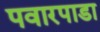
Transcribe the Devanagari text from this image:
पवारपाडा